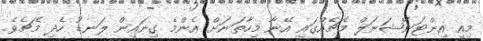
މިއީ އިންޓަނޭޝަނަލް މެޗެއްގައި އޭނާ މިހާތަނަށް އެންމެ ގިނައިން ލަނޑު ހެދި މެޗެވެ.